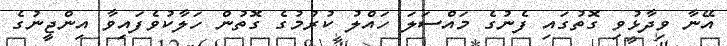
އޭނާ ވިދާޅުވި ގޮތުގައި ފެނުގެ މައްސަލަ ހައްލު ކުރުމުގެ ގޮތުން ހަލާކުވެފައިވާ އިންޖީނުގެ